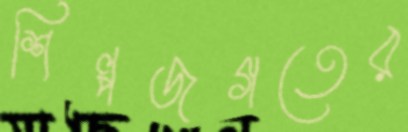
শিল্পজগতের